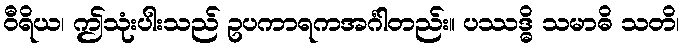
ဝီရိယ၊ ဤသုံးပါးသည် ဥပကာရကအင်္ဂါတည်း။ ပဿဒ္ဓိ သမာဓိ သတိ၊